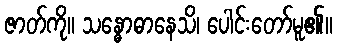
ဇာတ်ကို။ သန္ဓောဓာနေသိ၊ ပေါင်းတော်မူ၏။